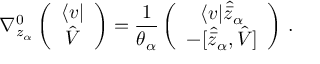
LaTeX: \nabla _ { z _ { \alpha } } ^ { 0 } \left( \begin{array} { c } { { \langle v | } } \\ { { \hat { V } } } \end{array} \right) = \frac { 1 } { \theta _ { \alpha } } \left( \begin{array} { c } { { \langle v | \widehat { \bar { z } } _ { \alpha } } } \\ { { - \lbrack \widehat { \bar { z } } _ { \alpha } , \hat { V } \rbrack } } \end{array} \right) \, .